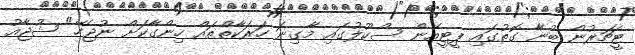
ޓީޗަރުން ބުނާ ގޮތުގައި ޕީޓީއޭން ސްކޫލުގައި މާގިނަ ހަރަކާތްތައް ހިންގާކަށް ނުޖެހޭ" ޝުޖާއު